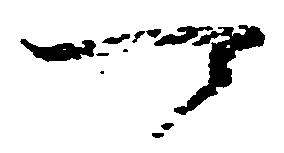
可